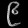
Digit: ၉